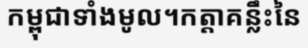
កម្ពុជាទាំងមូល។កត្តាគន្លឹះនៃ